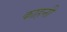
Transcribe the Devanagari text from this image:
काहनी